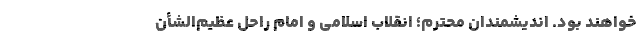
خواهند بود. اندیشمندان محترم؛ انقلاب اسلامی و امام راحل عظیم‌الشأن